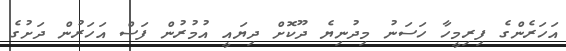
އަހަރެންގެ ފިރިމީހާ ހަސަނު މިދުނިޔެ ދޫކޮށް ދިޔައީ އުމުރުން ފަސް އަހަރުން ދަށުގެ